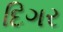
દિગર